Annual report on the working of the mental hospitals in the Madras Presidency - 1912-1932
Year: 1912
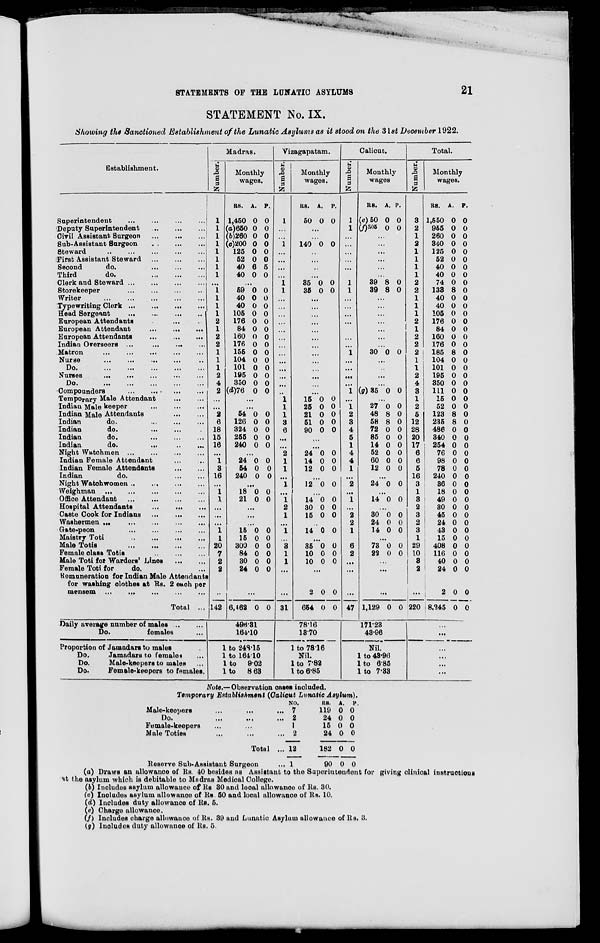
STATEMENTS OF THE LUNATIC ASYLUMS
21
STATEMENT No. IX.
Showing the Sanctioned Establishment of the Lunatic Asylums as it stood on the 31st December 1922.
Establishment.
Superintendent ... ... ... ...
Deputy Superintendent
...
...
...
Civil Assistant Surgeon
...
...
...
Sub-Assistant Surgeon
...
...
...
Steward ... ... ... ... ...
First Assistant Steward ... ... ...
Second
do.
...
...
...
Third
do.
...
...
...
Clerk and Steward
...
...
...
...
Storekeeper
...
...
...
...
Writer
...
...
...
...
...
Typewriting Clerk
...
...
...
...
Head Sergeant
...
...
...
...
European Attendants ... ...
European Attendant
...
...
...
European Attendants
...
...
...
Indian Overseers
...
...
...
...
Matron
...
...
...
...
...
Nurse
...
...
...
...
...
Do.
...
...
...
...
...
Nurses
...
...
...
...
...
Do.
...
...
...
...
...
Compounders
...
...
...
...
Temporary Male Attendant
...
...
Indian Male keeper ... ... ...
Indian Male Attendants ... ... ...
Indian
do. ... ... ...
Indian
do. ... ... ...
Indian
do.
...
...
...
Indian
do.
Night Watchmen
...
...
...
...
Indian Female Attendant ... ...
Indian Female Attendants
...
...
Indian
do.
...
...
Night Watchwomen ... ... ... ...
Weighman
...
...
...
...
...
Office Attendant
...
...
...
...
Hospital Attendants
...
...
...
Caste Cook for Indians
...
...
...
Washermen
...
...
...
...
...
Gate-peon
...
...
...
...
Maistry Toti
...
...
...
...
Male Totis
...
...
...
...
Female class Totis
...
...
...
Male Toti for Warders' Lines
...
...
Female Toti for
do. ...
Remuneration for Indian Male Attendants
for washing clothes at Rs. 2 each per
mensem ... ... ... ... ...
Total ...
Daily average number of males
...
...
Do.
females ...
Proportion of Jamadars to males ...
Do.
Jamadars to females ...
Do.
Male-keepers to males ...
Do.
Female-keepers to females.
Madras.
Number.
1
1
1
1
1
1
1
1
...
1
1
1
1
2
1
2
2
1
1
1
2
4
2
...
...
2
6
18
15
16
...
1
3
16
...
1
1
...
...
...
1
1
20
7
2
2
142
Monthly
wages.
RS.
1,450
(a)650
(b)260
(c)200
125
52
40
40
A.
0
0
0
0
0
0
6
0
P.
0
0
0
0
0
0
5
0
...
59
40
40
105
176
84
160
176
155
104
101
195
350
(d)76
0
0
0
0
0
0
0
0
0
0
0
0
0
0
0
0
0
0
0
0
0
0
0
0
0
0
0
0
...
...
54
126
324
255
240
0
0
0
0
0
0
0
0
0
0
...
24
54
240
0
0
0
0
0
0
...
18
21
0
0
0
0
...
...
...
15
15
300
84
30
24
0
0
0
0
0
0
0
0
0
0
0
0
...
6,462 0 0
494.31
164.10
1 to 248.15
1 to 164.10
1 to 9.02
1 to 8.63
Vizagapatam.
Number.
1
...
...
1
...
...
...
...
1
1
...
...
...
...
...
...
...
...
...
...
...
...
...
1
1
1
3
6
...
...
2
1
1
...
1
...
1
2
1
...
1
...
3
1
1
...
...
31
Monthly
wages.
RS.
50
A.
0
P.
0
...
...
140 0 0
...
...
...
...
35
35
0
0
0
0
...
...
...
...
...
...
...
...
...
...
...
...
...
15
25
21
51
90
0
0
0
0
0
0
0
0
0
0
...
...
24
14
12
0
0
0
0
0
0
...
12 0 0
...
14
30
15
0
0
0
0
0
0
...
14 0 0
...
35
10
10
0
0
0
0
0
0
...
2
654
0
0
0
0
78.16
13.70
1 to 78.16
Nil.
1 to 7.82
1 to 6.85
Calicut.
Number.
1
1
...
...
...
...
...
...
1
1
...
...
...
...
...
...
...
1
...
...
...
...
1
...
1
2
3
4
5
1
4
4
1
...
2
...
1
...
2
2
1
...
6
2
...
...
47
Monthly
wages
RS.
(e)50
(f)305
A.
0
0
P.
0
0
...
...
...
...
...
...
39
39
8
8
0
0
...
...
...
...
...
...
...
30 0 0
...
...
...
...
(g)35 0 0
...
27
48
58
72
85
14
52
60
12
0
8
8
0
0
0
0
0
0
0
0
0
0
0
0
0
0
0
...
24 0 0
...
14 0 0
...
30
24
14
0
0
0
0
0
0
...
73
22
0
0
0
0
...
...
...
1,129 0 0
171.23
43.96
Nil.
1 to 48.96
1 to 6.85
1 to 7.33
Total.
Number.
3
2
1
2
1
1
1
1
2
2
1
1
1
2
1
2
2
2
1
1
2
4
3
1
2
5
12
28
20
17
6
6
5
16
3
1
3
2
3
2
3
1
29
10
3
2
...
220
Monthly
wages.
RS.
1,550
955
260
340
125
52
40
40
74
133
40
40
105
176
84
160
176
185
104
101
195
350
111
15
52
123
235
486
340
254
76
98
78
240
36
18
49
30
45
24
43
15
408
116
40
24
2
8,245
A.
0
0
0
0
0
0
0
0
0
8
0
0
0
0
0
0
0
8
0
0
0
0
0
0
0
8
8
0
0
0
0
0
0
0
0
0
0
0
0
0
0
0
0
0
0
0
0
0
P.
0
0
0
0
0
0
0
0
0
0
0
0
0
0
0
0
0
0
0
0
0
0
0
0
0
0
0
0
0
0
0
0
0
0
0
0
0
0
0
0
0
0
0
0
0
0
0
0
...
...
...
...
...
...
Note.—Observation cases included.
Temporary Establishment (Calicut Lunatic Asylum).
Male-keepers ... ...
Do. ... ... ...
Female-keepers ... ... ...
Male Toties ... ... ...
Total ...
Reserve Sub-Assistant Surgeon
NO.
7
2
1
2
12
1
RS.
119
24
15
24
182
90
A.
0
0
0
0
0
0
p.
0
0
0
0
0
0
(a) Draws an allowance of Rs. 40 besides as Assistant to the Superintendent for giving clinical instructions
at the asylum which is debitable to Madras Medical College.
(b) Includes asylum allowance of Rs 30 and local allowance of Rs. 30.
(c) Includes asylum allowance of Rs 50 and local allowance of Rs. 10.
(d) Includes duty allowance of Rs. 5.
(e) Charge allowance.
(f) Includes charge allowance of Rs. 39 and Lunatic Asylum allowance of Rs. 3.
(g) Includes duty allowance of Rs. 5.